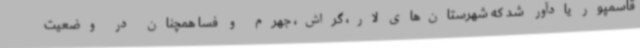
قاسمپور یادآور شد که شهرستان‌های لار، گراش، جهرم و فسا همچنان در وضعیت